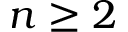
n \ge 2